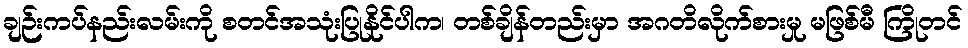
ချဉ်းကပ်နည်းလမ်းကို စတင်အသုံးပြုနိုင်ပါက၊ တစ်ချိန်တည်းမှာ အဂတိလိုက်စားမှု မဖြစ်မီ ကြိုတင်